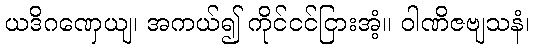
ယဒိဂဏှေယျ၊ အကယ်၍ ကိုင်ငင်ငြားအံ့။ ဝါဏိဇဗျသနံ၊